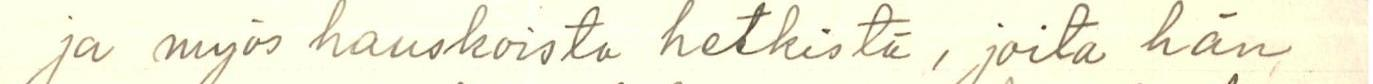
ja myös hauskoista hetkistä, joita hän